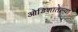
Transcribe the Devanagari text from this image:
ओडिशातल्या